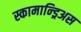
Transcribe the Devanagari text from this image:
स्कामान्ड्रिअस